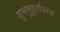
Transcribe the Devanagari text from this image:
शुभमुहूर्तावरच